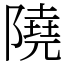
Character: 隢